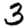
Digit: 3